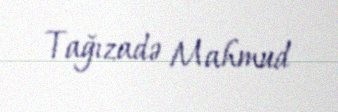
Tağızadə Mahmud